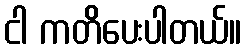
ငါ ကတိပေးပါတယ်။